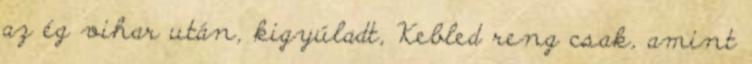
az ég vihar után, kigyúladt, Kebled reng csak, amint